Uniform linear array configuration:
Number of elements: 48
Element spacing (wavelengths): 1
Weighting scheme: hamming
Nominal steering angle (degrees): -45
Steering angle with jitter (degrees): -43.447
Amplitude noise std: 0.05
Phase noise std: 0.05

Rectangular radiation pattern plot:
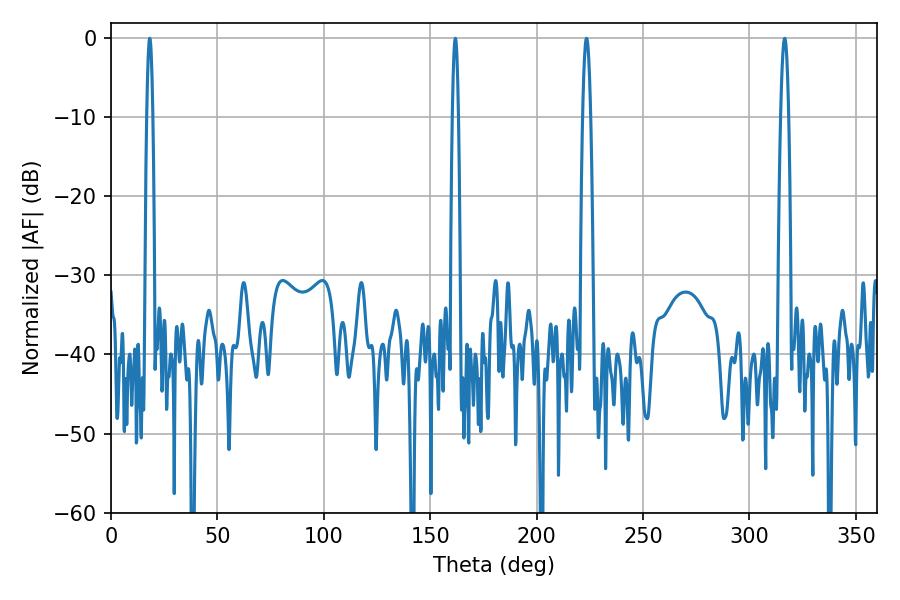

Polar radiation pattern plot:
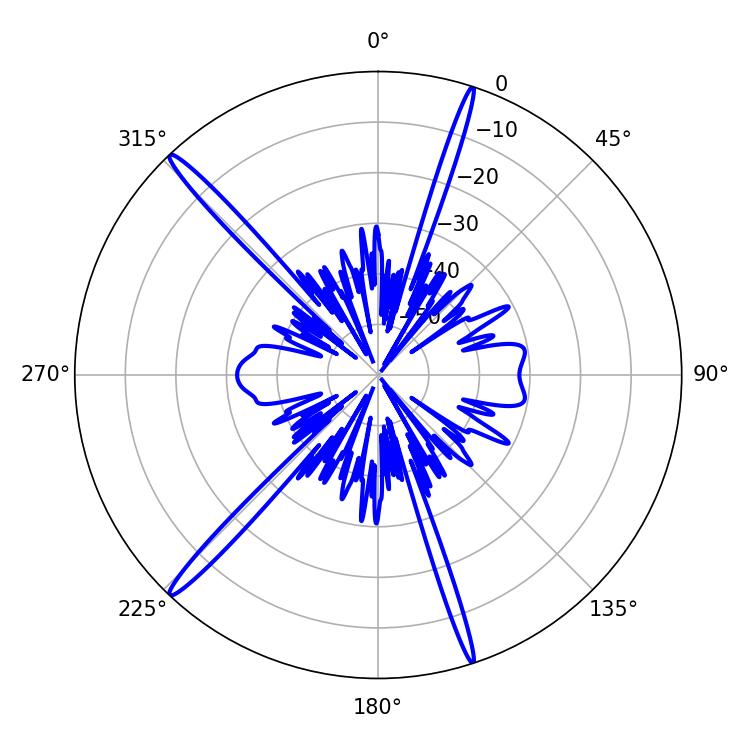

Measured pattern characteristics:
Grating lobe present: TRUE
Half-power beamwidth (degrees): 1.44
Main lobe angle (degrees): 18.18